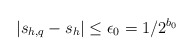
\begin{align*} |s_{h,q}-s_h|\le\epsilon_0=1/2^{b_0} \end{align*}